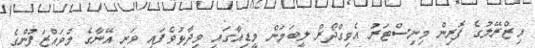
އިޒްރޭލުގެ ފޮރިން މިނިސްޓަރު އެވިގްދޯރް ލީބަމަން މީޑިއާގައި ވިދާޅުވެފައި ވަނީ އޭނާގެ މުވައްޒަފުންގެ